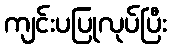
ကျင်းပပြုလုပ်ပြီး